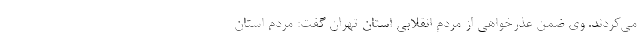
می‌کردند. وی ضمن عذرخواهی از مردم انقلابی استان تهران گفت: مردم استان